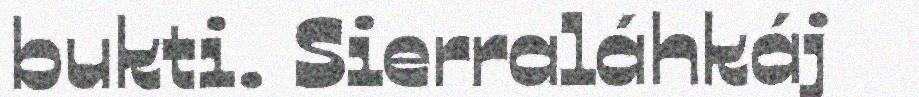
bukti. Sierraláhkáj